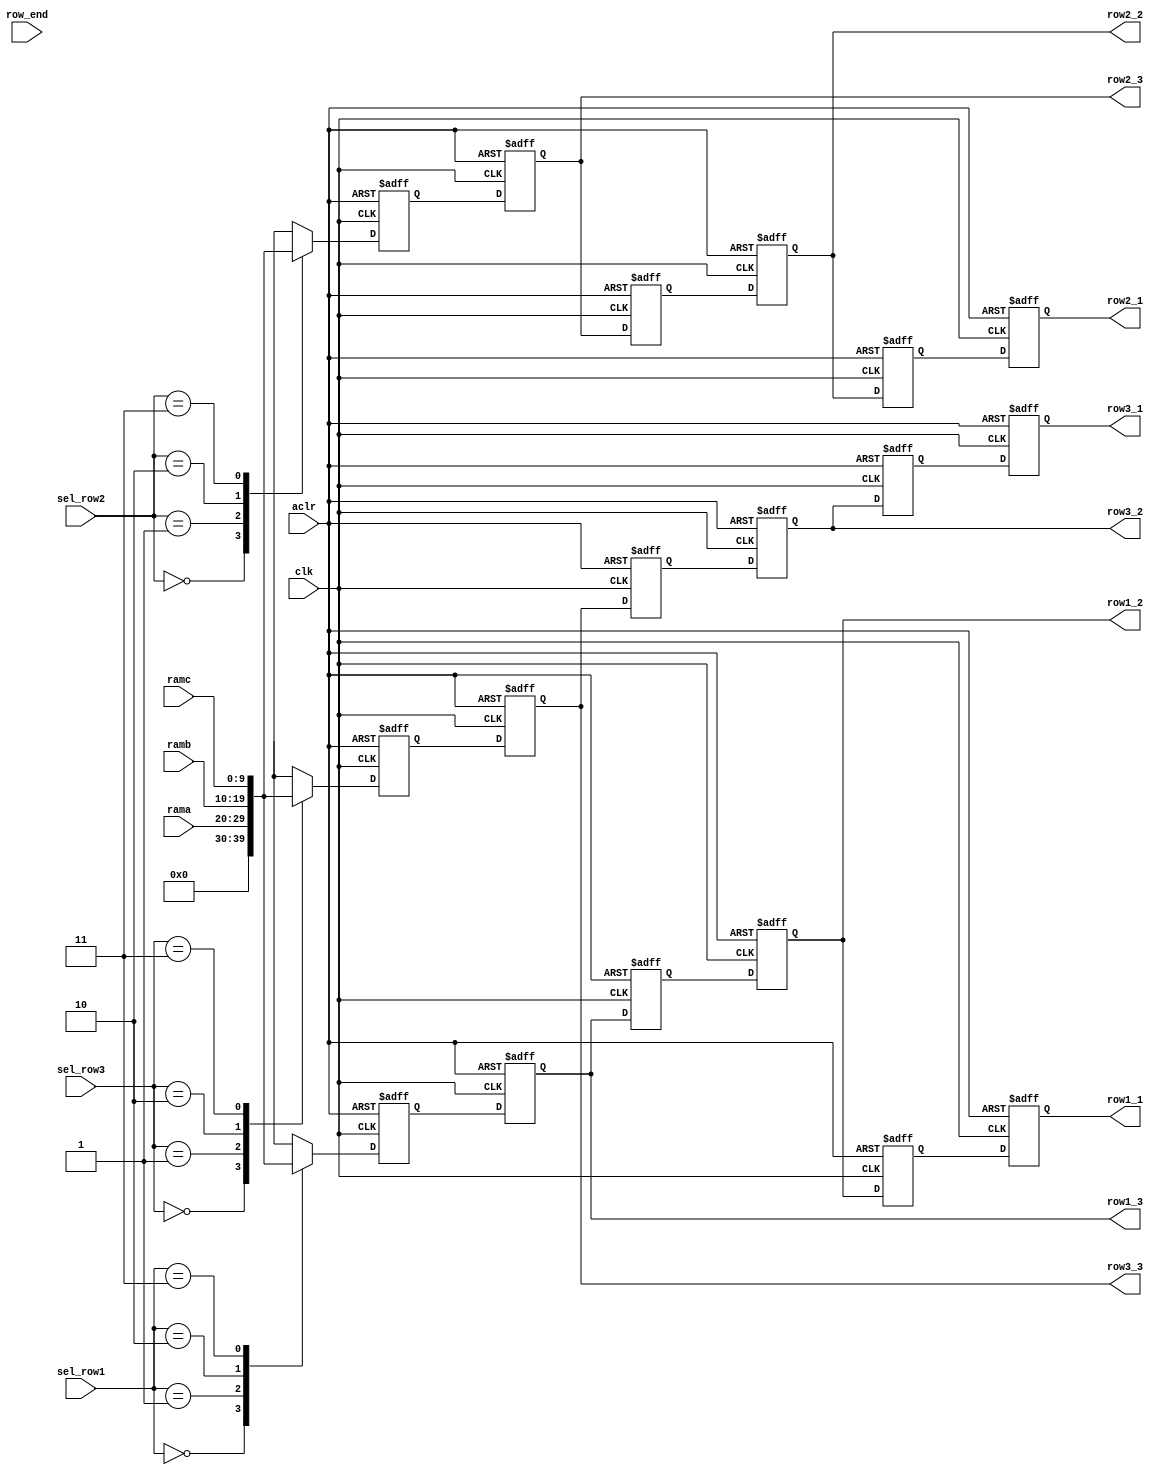
module mux_row (
							clk, 
							aclr, 
							rama,
							ramb,
							ramc,
							sel_row1,
							sel_row2,
							sel_row3,
							row_end,
							row1_1,
							row1_2,
							row1_3,
							row2_1,
							row2_2,
							row2_3,
							row3_1,
							row3_2,
							row3_3
						  );

	parameter idle=0, A=1, B=2, C=3;

	input clk, aclr;
	input [9:0] rama, ramb, ramc;
	input [1:0] sel_row1, sel_row2, sel_row3;
	input row_end;
	output [9:0] row1_1, row1_2, row1_3;
	output [9:0] row2_1, row2_2, row2_3;
	output [9:0] row3_1, row3_2, row3_3;


	//Reg Declaration
	wire [9:0] col1_a, col1_b, col1_c;
	wire [9:0] col2_a, col2_b, col2_c;
	wire [9:0] col3_a, col3_b, col3_c;
	reg row_end_del1, row_end_del2, row_end_del3, row_end_del4, row_end_del5;
	reg [9:0] ram_col3_a, ram_col3_b, ram_col3_c;
	reg [9:0] ram_col3_a_dly1,ram_col3_a_dly2,ram_col3_a_dly3,ram_col3_a_dly4,ram_col3_a_dly5,ram_col3_a_dly6;
	reg [9:0] ram_col3_b_dly1,ram_col3_b_dly2,ram_col3_b_dly3,ram_col3_b_dly4,ram_col3_b_dly5,ram_col3_b_dly6;
	reg [9:0] ram_col3_c_dly1,ram_col3_c_dly2,ram_col3_c_dly3,ram_col3_c_dly4,ram_col3_c_dly5,ram_col3_c_dly6;
	
	//Wire Declaration
	wire sel_edge_col3 = row_end_del4;
	wire sel_edge_col1 = row_end_del5;
	
	
	/**********************************************************/
//	assign row1_1 = sel_edge_col1 ? (29'b0000000000) : (col1_a);
//	assign row1_2 = col2_a;
//	assign row1_3 = sel_edge_col3 ? (29'b0000000000) : (col3_a);
//	assign row2_1 = sel_edge_col1 ? (29'b0000000000) : (col1_b);
//	assign row2_2 = col2_b;
//	assign row2_3 = sel_edge_col3 ? (29'b0000000000) : (col3_b);
//	assign row3_1 = sel_edge_col1 ? (29'b0000000000) : (col1_c);
//	assign row3_2 = col2_c;
//	assign row3_3 = sel_edge_col3 ? (29'b0000000000) : (col3_c);
	
	assign row1_1 = col1_a;
	assign row1_2 = col2_a;
	assign row1_3 = col3_a;
	assign row2_1 = col1_b;
	assign row2_2 = col2_b;
	assign row2_3 = col3_b;
	assign row3_1 = col1_c;
	assign row3_2 = col2_c;
	assign row3_3 = col3_c;
	
	always @ (posedge clk or negedge aclr)
	begin
	if (!aclr)
	begin
		row_end_del1 <= 0;
		row_end_del2 <= 0;
		row_end_del3 <= 0;
		row_end_del4 <= 0;
		row_end_del5 <= 0;
	end
	else 
	begin
		row_end_del1 <= row_end;
		row_end_del2 <= row_end_del1;
		row_end_del3 <= row_end_del2;
		row_end_del4 <= row_end_del3;
		row_end_del5 <= row_end_del4;
	end       
	end

	always @ (rama or ramb or ramc or sel_row1)
	begin
		case (sel_row1)
		idle:
		begin
			ram_col3_a = 0;
		end
		A:
		begin
			ram_col3_a = rama;  
		end
		B: 
		begin
			ram_col3_a = ramb;
		end
		C:
		begin
			ram_col3_a = ramc;
		end
		endcase	
	end
			

	always @ (posedge clk or negedge aclr)
	begin
		if (!aclr)
	   begin
			ram_col3_a_dly1 <= 0;
			ram_col3_a_dly2 <= 0;
			ram_col3_a_dly3 <= 0;
			ram_col3_a_dly4 <= 0;
			ram_col3_a_dly5 <= 0;
			ram_col3_a_dly6 <= 0;
		end
		else
		begin
			ram_col3_a_dly1 <= ram_col3_a;
			ram_col3_a_dly2 <= ram_col3_a_dly1;
			ram_col3_a_dly3 <= ram_col3_a_dly2;
			ram_col3_a_dly4 <= ram_col3_a_dly3;
			ram_col3_a_dly5 <= ram_col3_a_dly4;
			ram_col3_a_dly6 <= ram_col3_a_dly5;
		end
	end

	assign col3_a=ram_col3_a_dly2;
	assign col2_a=ram_col3_a_dly4;
	assign col1_a=ram_col3_a_dly6;
	
	always @ (rama or ramb or ramc or sel_row2)
	begin
	   case (sel_row2)
		idle: 
		begin
			ram_col3_b = 0;
		end			
		A:
		begin
			ram_col3_b = rama;  
		end
		B:
		begin
			ram_col3_b = ramb;
		end
		C: 
		begin
			ram_col3_b = ramc;
  		end
   	endcase	
	end


	always @ (posedge clk or negedge aclr) 
	begin
   if (!aclr)
	begin
		ram_col3_b_dly1 <= 0;
		ram_col3_b_dly2 <= 0;
		ram_col3_b_dly3 <= 0;
		ram_col3_b_dly4 <= 0;
		ram_col3_b_dly5 <= 0;
		ram_col3_b_dly6 <= 0;
	end
	else
	begin
		ram_col3_b_dly1 <= ram_col3_b;
		ram_col3_b_dly2 <= ram_col3_b_dly1;
		ram_col3_b_dly3 <= ram_col3_b_dly2;
		ram_col3_b_dly4 <= ram_col3_b_dly3;
		ram_col3_b_dly5 <= ram_col3_b_dly4;
		ram_col3_b_dly6 <= ram_col3_b_dly5;
	end
	end
	
	assign col3_b=ram_col3_b_dly2;
	assign col2_b=ram_col3_b_dly4;
	assign col1_b=ram_col3_b_dly6;
	
	always @ (rama or ramb or ramc or sel_row3)
	begin
	   case (sel_row3)
		idle: 
		begin
			ram_col3_c = 0;
		end				
		A: 
		begin
			ram_col3_c = rama;  
		end
		B: 
		begin
			ram_col3_c = ramb;
		end
		C: 
		begin
			ram_col3_c = ramc;
  		end
   	endcase	
	end


	always @ (posedge clk or negedge aclr)
	begin
   if (!aclr)
	begin
		ram_col3_c_dly1 <= 0;
		ram_col3_c_dly2 <= 0;
		ram_col3_c_dly3 <= 0;
		ram_col3_c_dly4 <= 0;
		ram_col3_c_dly5 <= 0;
		ram_col3_c_dly6 <= 0;
	end
	else
	begin
	   ram_col3_c_dly1 <= ram_col3_c;
		ram_col3_c_dly2 <= ram_col3_c_dly1;
		ram_col3_c_dly3 <= ram_col3_c_dly2;
		ram_col3_c_dly4 <= ram_col3_c_dly3;
		ram_col3_c_dly5 <= ram_col3_c_dly4;
		ram_col3_c_dly6 <= ram_col3_c_dly5;
	end
	end

	assign col3_c=ram_col3_c_dly2;
	assign col2_c=ram_col3_c_dly4;
	assign col1_c=ram_col3_c_dly6;

	      

endmodule